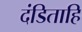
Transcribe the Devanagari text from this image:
दंडिताहि